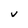
Character: V